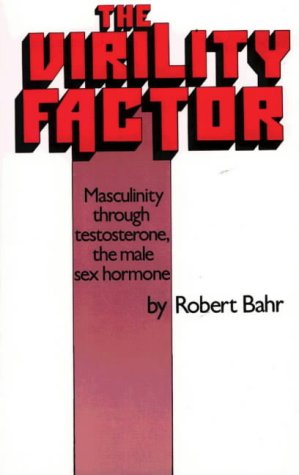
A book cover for The Virility Factor: Masculinity Through Testosterone, the Male Sex Hormone; Robert Bahr; Health, Fitness & Dieting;